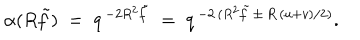
LaTeX: \alpha ( R \tilde { f } ) \; = \; q ^ { \, - 2 R ^ { 2 } \tilde { f } } \; = \; q ^ { \, - 2 \, ( R ^ { 2 } \tilde { f } \, \pm \, R \, ( u + v ) / 2 ) } .